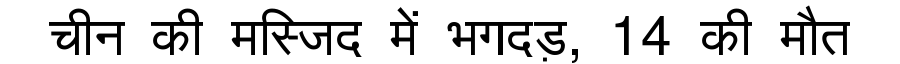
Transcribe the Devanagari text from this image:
चीन की मस्जिद में भगदड़, 14 की मौत